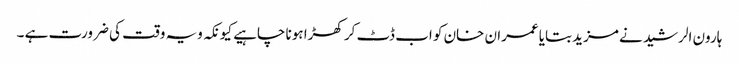
ہارون الرشید نے مزید بتایا عمران خان کو اب ڈٹ کر کھڑا ہونا چاہیے کیونکہ ویہ وقت کی ضرورت ہے ۔